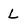
Character: L